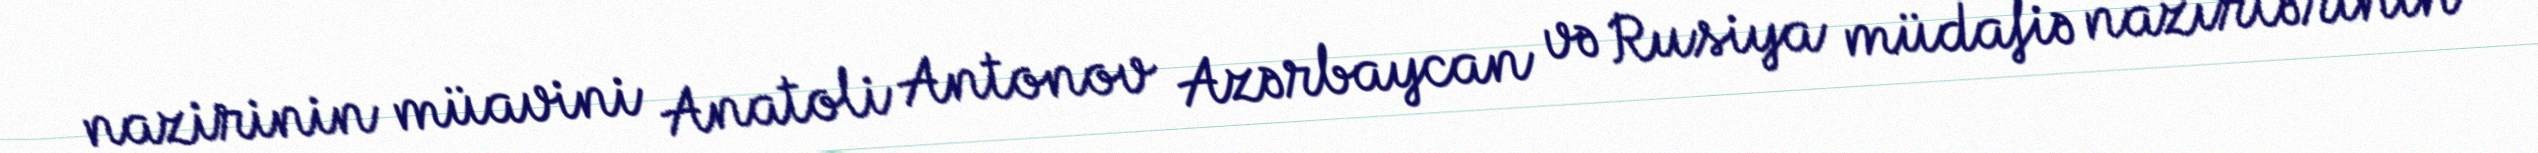
nazirinin müavini Anatoli Antonov Azərbaycan və Rusiya müdafiə nazirlərinin